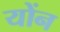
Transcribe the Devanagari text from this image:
योंन